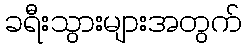
ခရီးသွားများအတွက်